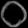
Digit: ၀